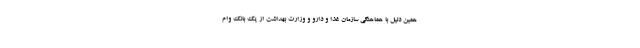
همین دلیل با هماهنگی سازمان غذا و دارو و وزارت بهداشت از یک بانک وام